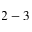
2 - 3